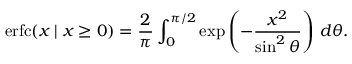
\operatorname { e r f c } ( x \mid x \geq 0 ) = { \frac { 2 } { \pi } } \int _ { 0 } ^ { \pi / 2 } \exp \left( - { \frac { x ^ { 2 } } { \sin ^ { 2 } \theta } } \right) \, d \theta .